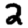
Digit: 2